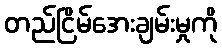
တည်ငြိမ်အေးချမ်းမှုကို